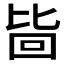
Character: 𱕾